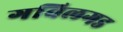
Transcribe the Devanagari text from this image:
गविलगड